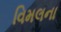
વિમલના